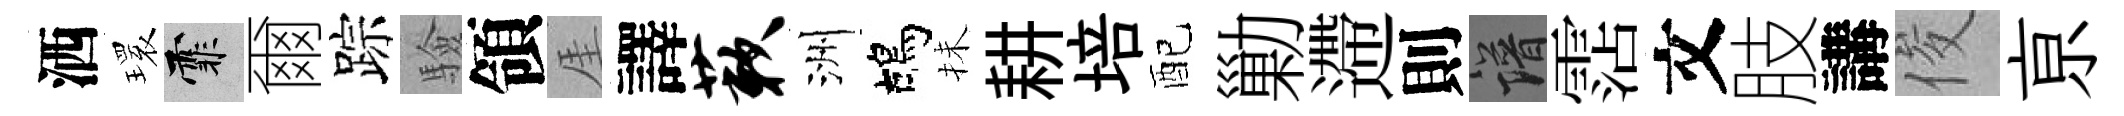
洒𤨔霏爾踪驗領厓譯蔌洲鴣抺耕培配勦遰則譜霑文肢講俊亰